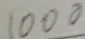
1 0 0 0